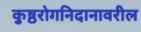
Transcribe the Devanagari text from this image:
कुष्ठरोगनिदानावरील